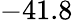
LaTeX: -41.8